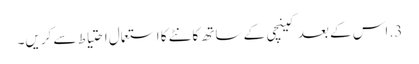
3. اس کے بعد کینچی کے ساتھ کانٹے کا استعمال احتیاط سے کریں۔